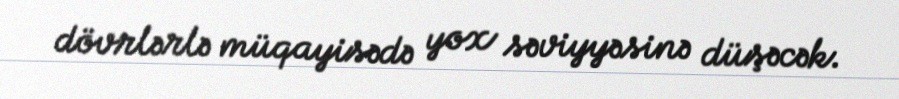
dövrlərlə müqayisədə yox səviyyəsinə düşəcək.